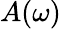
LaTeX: A(\omega)